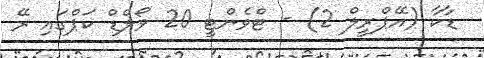
ޑާކާ (އޭޕްރީލް 2) - ޓްވެންޓީ 20 ވޯލްޑް ކަޕްގައި ރޭ